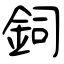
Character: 鉰